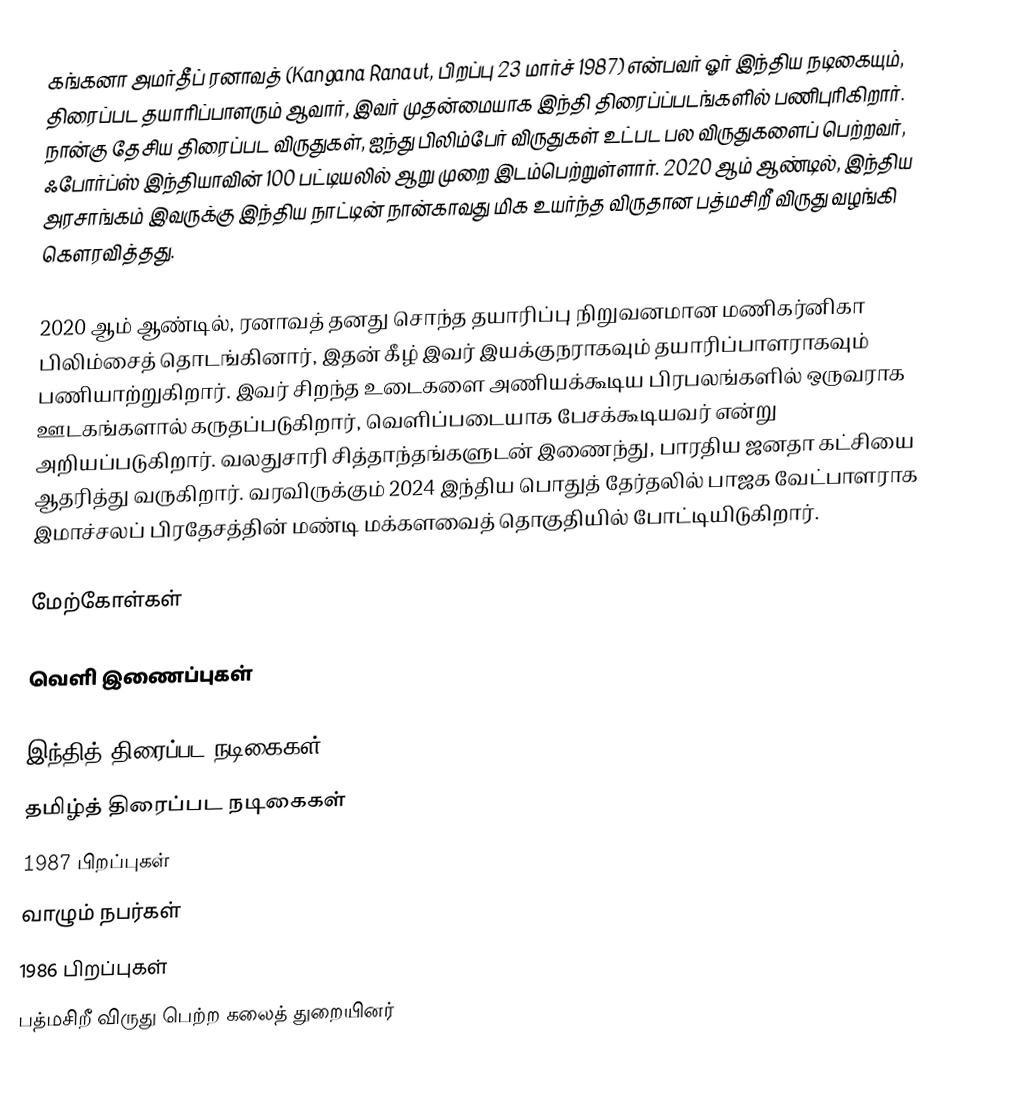
கங்கனா அமர்தீப் ரனாவத் (Kangana Ranaut, பிறப்பு 23 மார்ச் 1987) என்பவர் ஓர் இந்திய நடிகையும், திரைப்பட தயாரிப்பாளரும் ஆவார், இவர் முதன்மையாக இந்தி திரைப்ப்படங்களில் பணிபுரிகிறார். நான்கு தேசிய திரைப்பட விருதுகள், ஐந்து பிலிம்பேர் விருதுகள் உட்பட பல விருதுகளைப் பெற்றவர், ஃபோர்ப்ஸ் இந்தியாவின் 100 பட்டியலில் ஆறு முறை இடம்பெற்றுள்ளார். 2020 ஆம் ஆண்டில், இந்திய அரசாங்கம் இவருக்கு இந்திய நாட்டின் நான்காவது மிக உயர்ந்த விருதான பத்மசிறீ விருது வழங்கி கௌரவித்தது.

2020 ஆம் ஆண்டில், ரனாவத் தனது சொந்த தயாரிப்பு நிறுவனமான மணிகர்னிகா பிலிம்சைத் தொடங்கினார், இதன் கீழ் இவர் இயக்குநராகவும் தயாரிப்பாளராகவும் பணியாற்றுகிறார். இவர் சிறந்த உடைகளை அணியக்கூடிய பிரபலங்களில் ஒருவராக ஊடகங்களால் கருதப்படுகிறார், வெளிப்படையாக பேசக்கூடியவர் என்று அறியப்படுகிறார். வலதுசாரி சித்தாந்தங்களுடன் இணைந்து, பாரதிய ஜனதா கட்சியை ஆதரித்து வருகிறார். வரவிருக்கும்  2024 இந்திய பொதுத் தேர்தலில் பாஜக வேட்பாளராக  இமாச்சலப் பிரதேசத்தின் மண்டி மக்களவைத் தொகுதியில் போட்டியிடுகிறார்.

மேற்கோள்கள்

வெளி இணைப்புகள்

இந்தித் திரைப்பட நடிகைகள்
தமிழ்த் திரைப்பட நடிகைகள்
1987 பிறப்புகள்
வாழும் நபர்கள்
1986 பிறப்புகள்
பத்மசிறீ விருது பெற்ற கலைத் துறையினர்